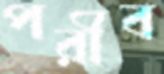
পরীব